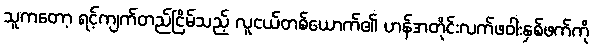
သူကတော့ ရင့်ကျက်တည်ငြိမ်သည့် လူငယ်တစ်ယောက်၏ ဟန်အတိုင်းလက်ဖဝါးနှစ်ဖက်ကို